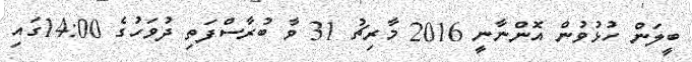
ބީލަން ހުޅުވުން އޮންނާނީ 2016 މާރިޗު 31 ވާ ބުރާސްފަތި ދުވަހުގެ 14:00ގައި